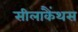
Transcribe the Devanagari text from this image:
सीलाकैंथस